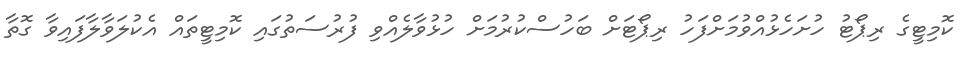
ކޮމިޓީގެ ރިޕޯޓު ހުށަހެޅުއްވުމަށްފަހު ރިޕޯޓަށް ބަހުސްކުރުމަށް ހުޅުވާލެއްވި ފުރުސަތުގައި ކޮމިޓީތައް އެކުލަވާލާފައިވާ ގޮތާ